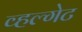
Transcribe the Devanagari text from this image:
व्हल्गेट